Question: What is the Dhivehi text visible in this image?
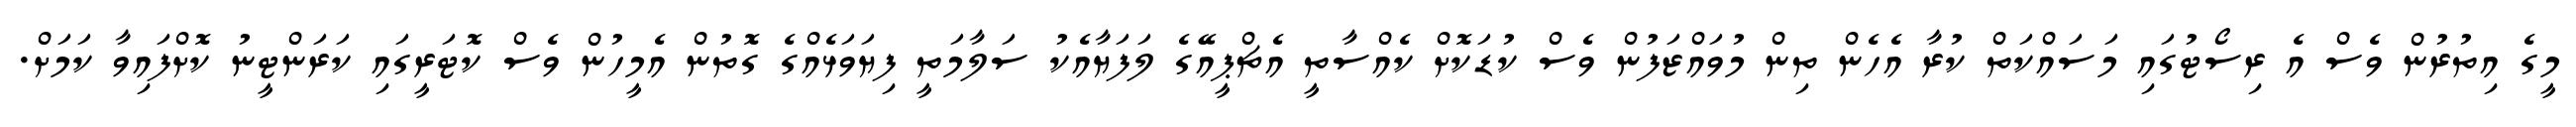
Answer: މީގެ އިތުރުން ވެސް އެ ރިސޯޓުގައި މަސައްކަތް ކުރާ އެހެން ތިން މުވައްޒަފުން ވެސް ކުޑަކޮށް ކެއްސާތީ އެޗްޕީއޭގެ ލަފަޔާއެކު ސަލާމަތީ ފިޔަވަޅެއްގެ ގޮތުން އެމީހުން ވެސް ކޮޓަރީގައި ކަރަންޓީނު ކޮށްފައިވާ ކަމަށް.